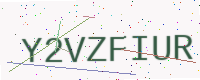
Text: Y2VZFIUR